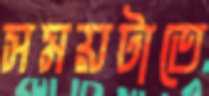
সময়টাতে